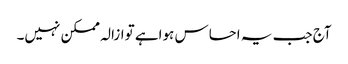
آج جب یہ احساس ہواہے توازالہ ممکن نہیں۔